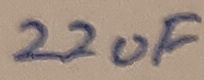
Text: 22uF